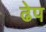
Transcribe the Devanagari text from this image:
ढेप